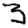
Digit: 3